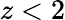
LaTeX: z<2